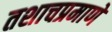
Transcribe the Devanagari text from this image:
तशाचप्रमाणे